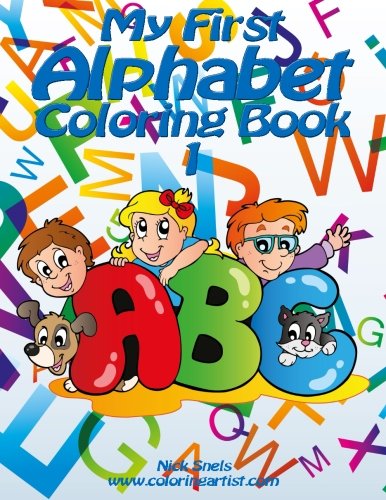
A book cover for My First Alphabet Coloring Book 1 (Volume 1); Nick Snels; Parenting & Relationships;